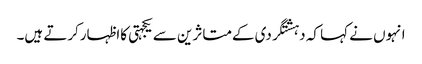
انہوں نے کہا کہ دہشتگردی کےمتاثرین سے یکجہتی کااظہارکرتے ہیں۔